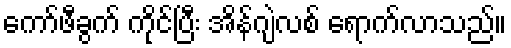
ကော်ဖီခွက် ကိုင်ပြီး အိန်ဂျဲလစ် ရောက်လာသည်။